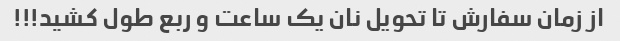
از زمان سفارش تا تحویل نان یک ساعت و ربع طول کشید!!!